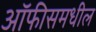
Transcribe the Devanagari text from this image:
ऑफीसमधील